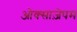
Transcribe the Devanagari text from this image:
ओक्साज़ेपम